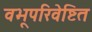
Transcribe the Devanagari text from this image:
वभूपरिवेष्टित